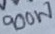
Text: 900W